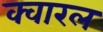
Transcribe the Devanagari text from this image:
क्वारल